Scottish Leaving Certificate Examination, 1960
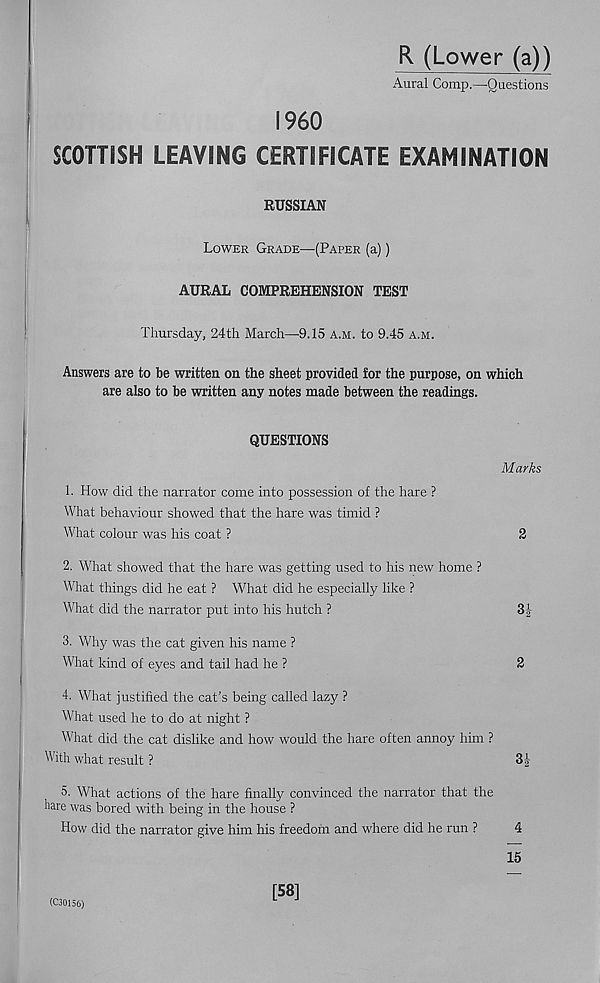
R (Lower (a))
Aural Comp.—Questions
i960
SCOTTISH LEAVING CERTIFICATE EXAMINATION
RUSSIAN
Lower Grade—(Paper (a))
AURAL COMPREHENSION TEST
Thursday, 24th March—9.15 a.m. to 9.45 a.m.
Answers are to be written on the sheet provided lor the purpose, on which
are also to be written any notes made between the readings.
QUESTIONS
1. How did the narrator come into possession of the hare ?
What behaviour showed that the hare was timid ?
What colour was his coat ?
2. What showed that the hare was getting used to his new home ?
What things did he eat ? What did he especially like ?
What did the narrator put into his hutch ?
3|
3. Why was the cat given his name ?
What kind of eyes and tail had he ?
2
I
4. What justified the cat’s being called lazy ?
What used he to do at night ?
What did the cat dislike and how would the hare often annoy him ?
With what result ?
3|
5. What actions of the hare finally convinced the narrator that the
hare was bored with being in the house ?
How did the narrator give him his freedom and where did he run ?
4
15
Marks
2
(C30156)
[58]